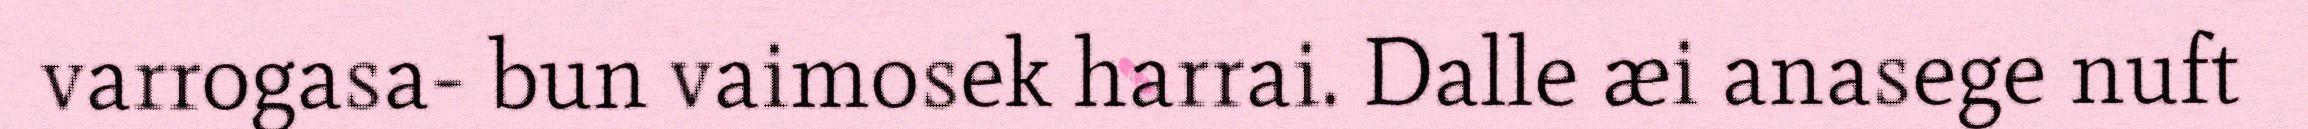
varrogasa- bun vaimosek harrai. Dalle æi anasege nuft